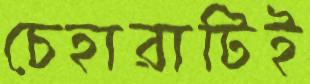
চেহারাটিই